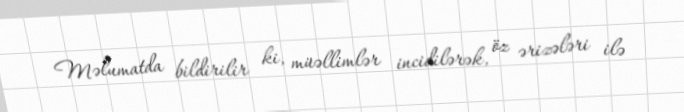
Məlumatda bildirilir ki, müəllimlər incidilərək, öz ərizələri ilə